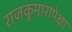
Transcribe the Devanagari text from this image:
राजकुमारांपेक्षा